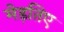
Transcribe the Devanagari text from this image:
मेड़तिए